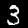
Label: 3